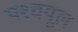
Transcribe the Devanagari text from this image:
पश्‍चयूल